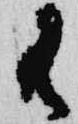
御